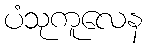
ပံသုကူလေန